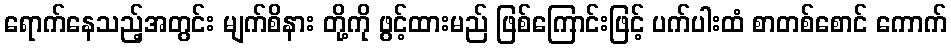
ရောက်နေသည့်အတွင်း မျက်စိနား တို့ကို ဖွင့်ထားမည် ဖြစ်ကြောင်းဖြင့် ပက်ပါးထံ စာတစ်စောင် ကောက်